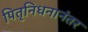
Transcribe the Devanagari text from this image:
पितृनिधनानंतर